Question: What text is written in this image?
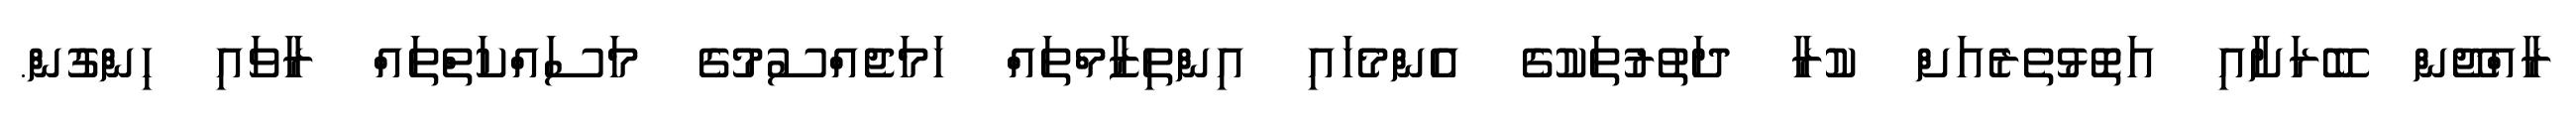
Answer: ރާއްޖޭން ބޭރަށާއި އަތޮޅުތެރެއަށް ކުރާ ދަތުރުތަކުގެ އެންމެހައި އިންތިޒާމްތައް ހަމަޖެއްސުމުގެ މަސައްކަތްތައް ރާވައި ހިންގުން.